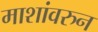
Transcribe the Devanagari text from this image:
माशांवरुन